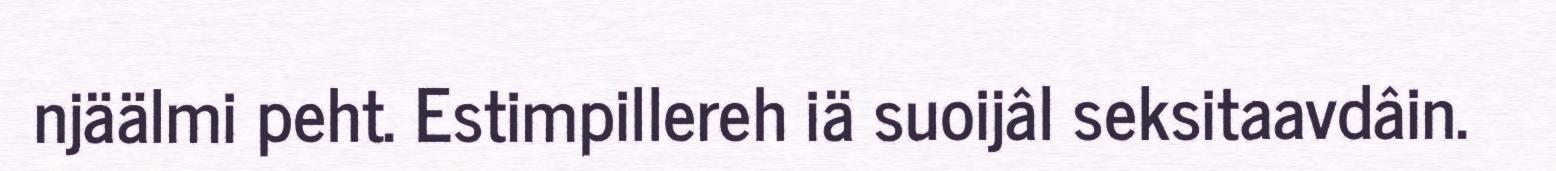
njäälmi peht. Estimpillereh iä suoijâl seksitaavdâin.